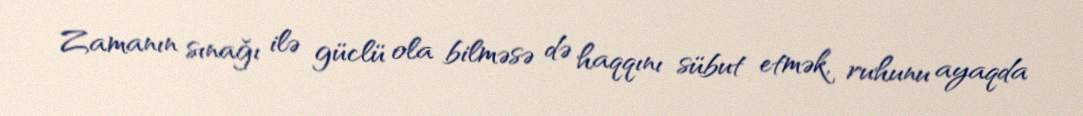
Zamanın sınağı ilə güclü ola bilməsə də haqqını sübut etmək, ruhunu ayaqda